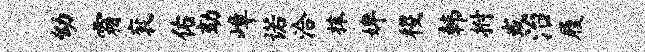
幼霜衮佑劾嶂诺洽抹婢稷韩拊或治履